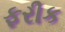
ફરીક